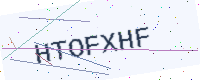
Text: HTOFXHF